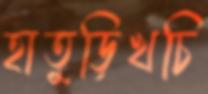
হাতুড়িখচি